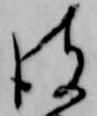
彼